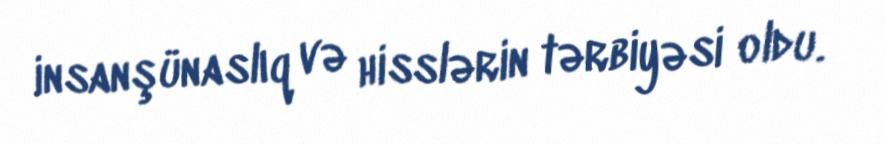
insanşünaslıq və hisslərin tərbiyəsi oldu.